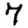
Digit: 7